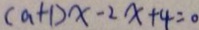
( a + 1 ) x - 2 x + 4 = 0